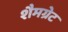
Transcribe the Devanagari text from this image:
शैमग्रेट